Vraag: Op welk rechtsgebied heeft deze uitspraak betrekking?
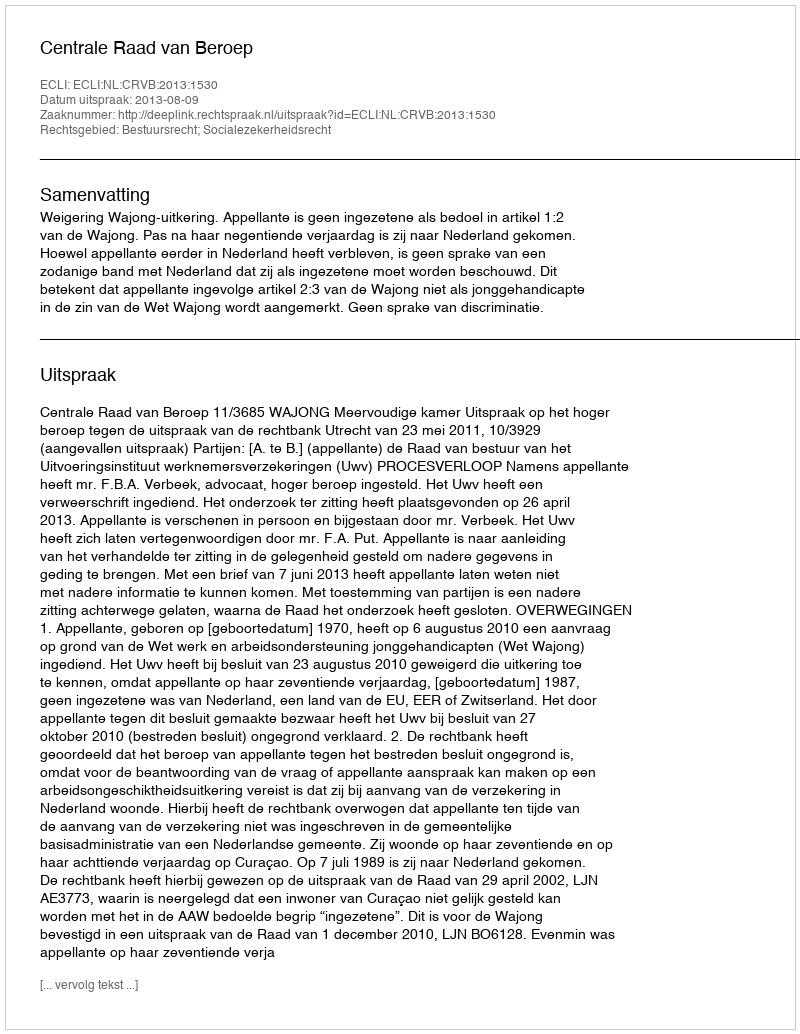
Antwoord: Bestuursrecht; Socialezekerheidsrecht